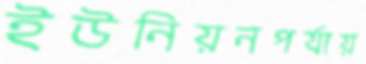
ইউনিয়নপর্যায়